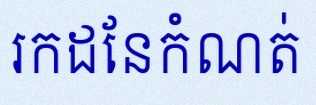
រកដែនកំណត់